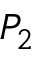
P _ { 2 }